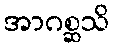
အာဂစ္ဆသိ